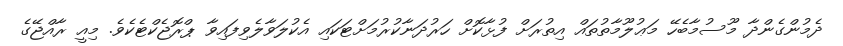
ދެމުންގެންދާ މޫސުމާބެހޭ މަޢުލޫމާތުތައް އިތުރަށް ފުޅާކޮށް ހަރުދަނާކުރުމަށްޓަކައި އެކުލަވާލެވިފައިވާ ޕްރޮޖެކްޓެކެވެ. މިއީ ރާއްޖޭގެ